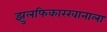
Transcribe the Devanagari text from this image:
झुलफिकारखानाला